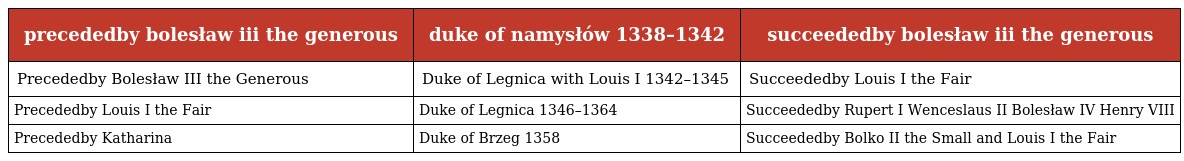
| precededby bolesław iii the generous | duke of namysłów 1338–1342 | succeededby bolesław iii the generous |
 | --- | --- | --- |
 | Precededby Bolesław III the Generous | Duke of Legnica with Louis I 1342–1345 | Succeededby Louis I the Fair |
 | Precededby Louis I the Fair | Duke of Legnica 1346–1364 | Succeededby Rupert I Wenceslaus II Bolesław IV Henry VIII |
 | Precededby Katharina | Duke of Brzeg 1358 | Succeededby Bolko II the Small and Louis I the Fair |